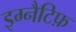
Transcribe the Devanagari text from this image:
इग्नैटिफ़